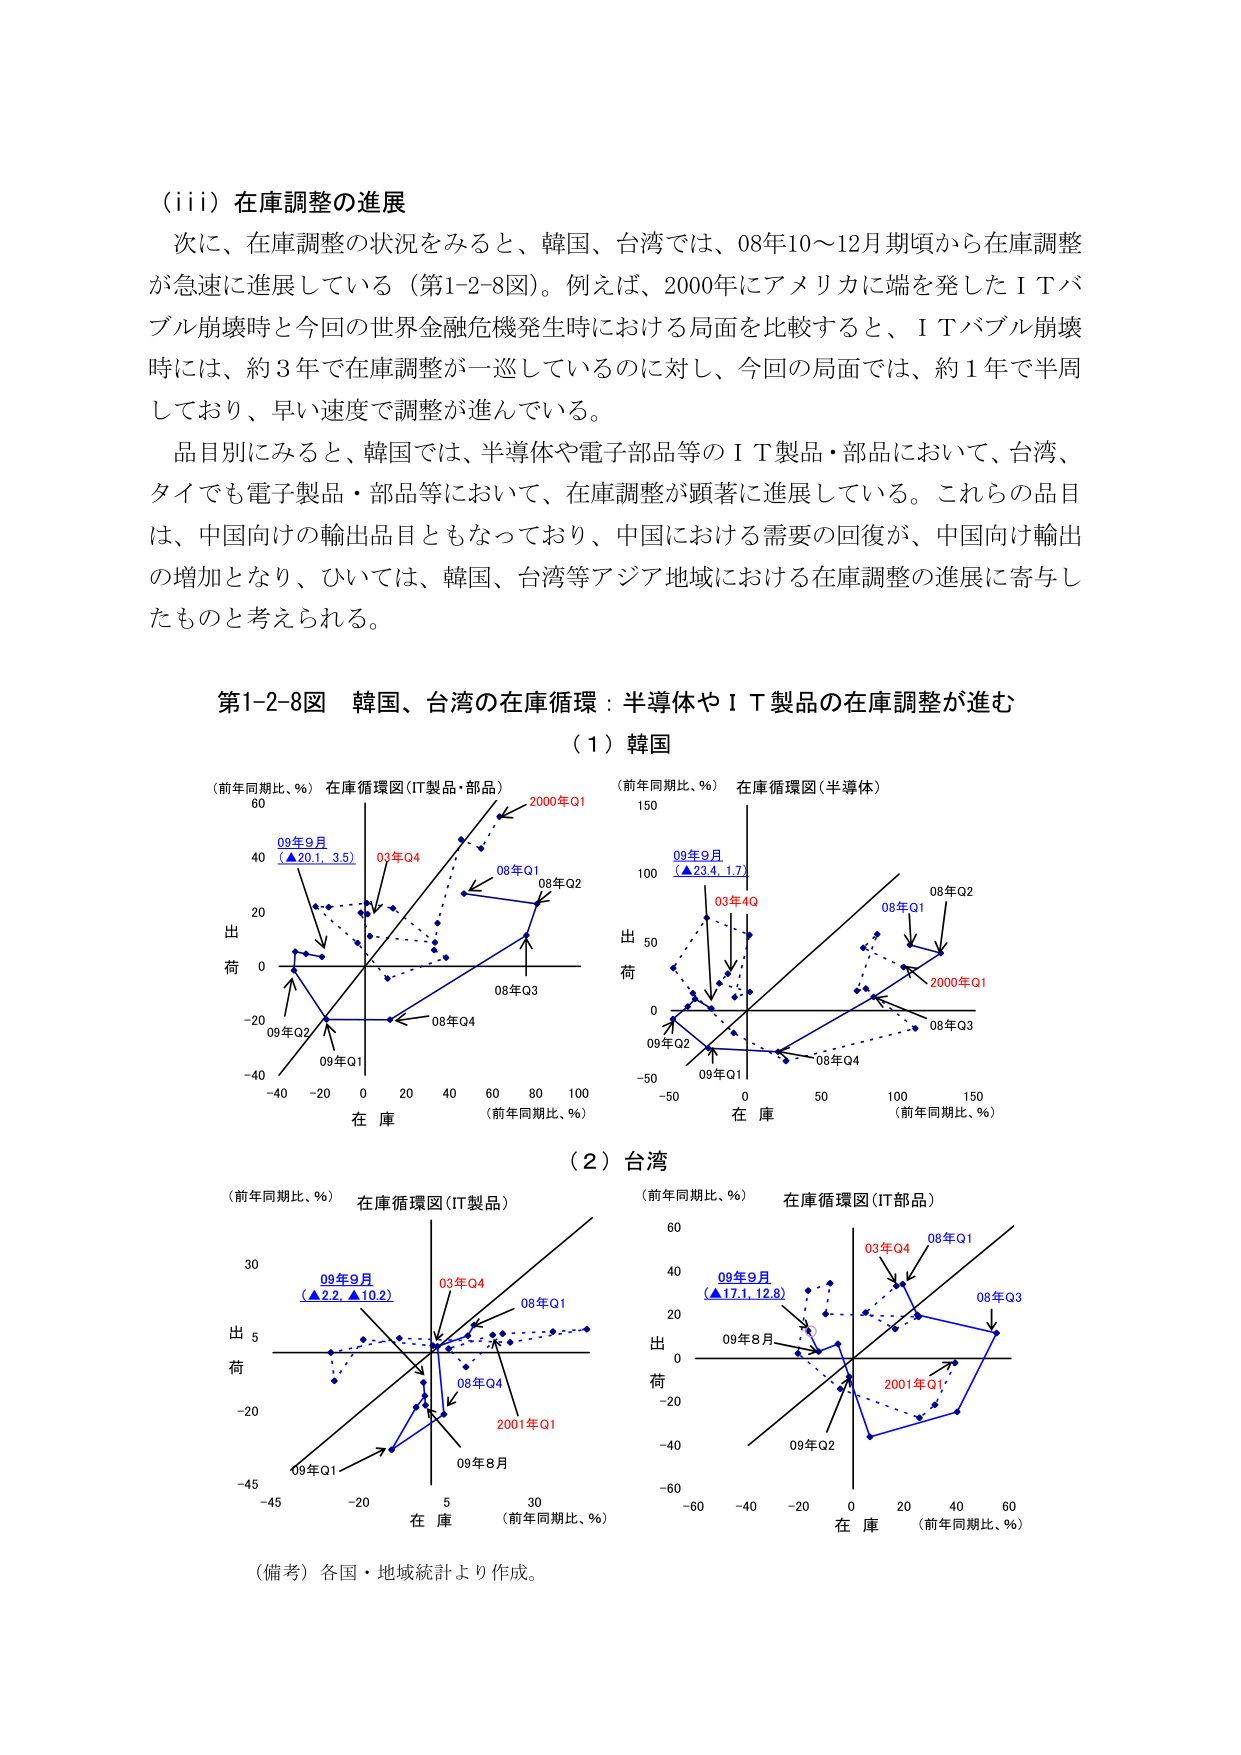
（iii）在庫調整の進展
次に、在庫調整の状況をみると、韓国、台湾では、08年10～12月期頃から在庫調整が急速に進展している（第1-2-8図）。例えば、2000年にアメリカに端を発したＩＴバブル崩壊時と今回の世界金融危機発生時における局面を比較すると、ＩＴバブル崩壊時には、約３年で在庫調整が一巡しているのに対し、今回の局面では、約１年で半周しており、早い速度で調整が進んでいる。
品目別にみると、韓国では、半導体や電子部品等のＩＴ製品・部品において、台湾、タイでも電子製品・部品等において、在庫調整が顕著に進展している。これらの品目は、中国向けの輸出品目ともなっており、中国における需要の回復が、中国向け輸出の増加となり、ひいては、韓国、台湾等アジア地域における在庫調整の進展に寄与したものと考えられる。

第1-2-8図 韓国、台湾の在庫循環：半導体やＩＴ製品の在庫調整が進む

（１）韓国
（前年同期比、％） 在庫循環図（IT製品・部品）
60
40 09年9月 （▲20.1, 3.5） 03年Q4
20
0
-20 09年Q2 09年Q1 08年Q4
-40
-40 -20 0 20 40 60 80 100
在 庫 （前年同期比、％）
2000年Q1
08年Q1 08年Q2
08年Q3

（前年同期比、％） 在庫循環図（半導体）
150
100 09年9月 （▲23.4, 1.7） 03年4Q
50
0
-50 09年Q2 09年Q1 08年Q4
-50
0 50 100 150
在 庫 （前年同期比、％）
08年Q1 08年Q2
08年Q3
2000年Q1

（２）台湾
（前年同期比、％） 在庫循環図（IT製品）
30
09年9月 （▲2.2, ▲10.2） 03年Q4
5
0
-20
-45 09年Q1 08年Q4 09年8月
-45 -20 5 30
在 庫 （前年同期比、％）
2001年Q1
08年Q1

（前年同期比、％） 在庫循環図（IT部品）
60
40 09年9月 （▲17.1, 12.8） 03年Q4 08年Q1
20
0 09年8月
-20
-40
-60 09年Q2
-60 -40 -20 0 20 40 60
在 庫 （前年同期比、％）
08年Q3
2001年Q1

（備考）各国・地域統計より作成。